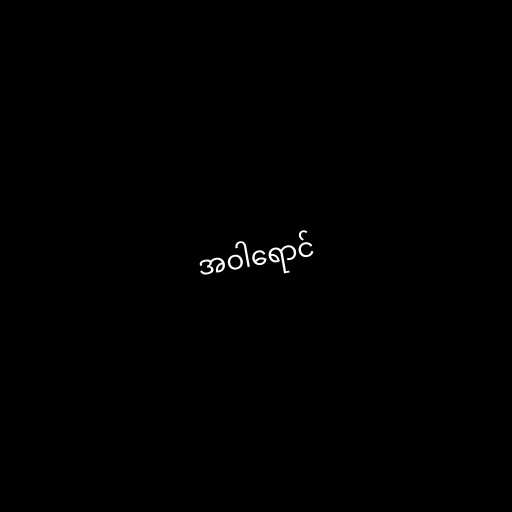
အဝါရောင်